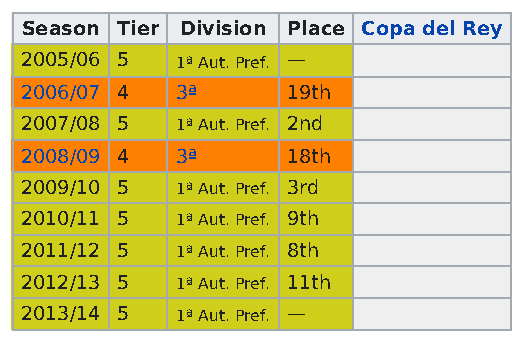
Season Tier Division Place Copa del Rey
 2005/06 5  1ª Aut. Pref. —
 2006/07 4  3ª     19th
 2007/08 5  1ª Aut. Pref. 2nd
 2008/09 4  3ª     18th
 2009/10 5  1ª Aut. Pref. 3rd
 2010/11 5  1ª Aut. Pref. 9th
 2011/12 5  1ª Aut. Pref. 8th
 2012/13 5  1ª Aut. Pref. 11th
 2013/14 5  1ª Aut. Pref. —